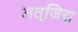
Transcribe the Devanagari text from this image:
लत्‌जिरा